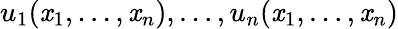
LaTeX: u_{1}(\mathit{x}_{1},\dots,\mathit{x}_{n}),\dots,u_{n}(\mathit{x}_{1},\dots,\mathit{x}_{n})